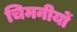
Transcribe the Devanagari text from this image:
चिमनीयों